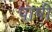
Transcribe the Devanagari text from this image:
पाषी